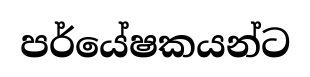
පර්යේෂකයන්ට